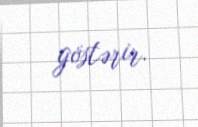
göstərir.